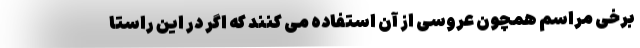
برخی مراسم همچون عروسی از آن استفاده می کنند که اگر در این راستا